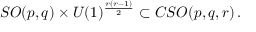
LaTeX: S O ( p , q ) \times U ( 1 ) ^ { \frac { r \left( r - 1 \right) } { 2 } } \subset C S O ( p , q , r ) \, .